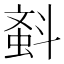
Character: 𣂂